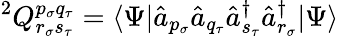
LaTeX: {}^{2}Q_{r_{\sigma}s_{\tau}}^{p_{\sigma}q_{\tau}}=\langle\Psi|\hat{a}_{p_{\sigma}}\hat{a}_{q_{\tau}}\hat{a}_{s_{\tau}}^{\dagger}\hat{a}_{r_{\sigma}}^{\dagger}|\Psi\rangle